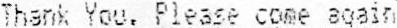
THANK YOU. PLEASE COME AGAIN